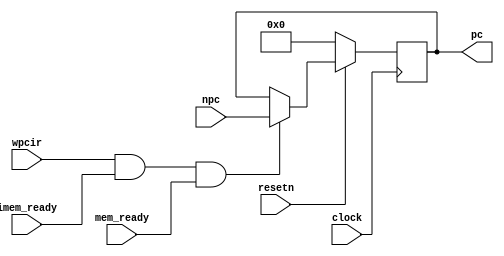
module pipepc(npc,wpcir,imem_ready,mem_ready,clock,resetn,pc);
//npc:new pc
input wire[31:0] npc;
input wpcir;
input clock,resetn;
input imem_ready,mem_ready;
output reg[31:0] pc;

always @(posedge clock)
begin
	if(~resetn)
	begin
		pc <= 0; //not -4
	end
	else
	begin
		if(wpcir&imem_ready&mem_ready)
		begin
			pc <= npc;
		end
	end
end

endmodule